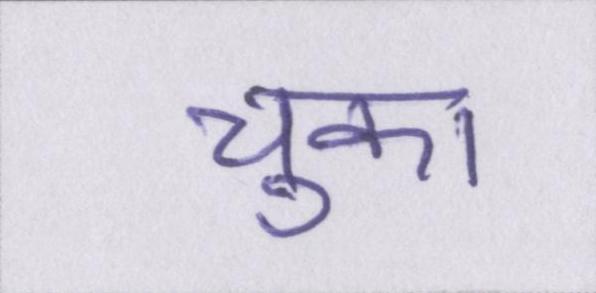
चुका